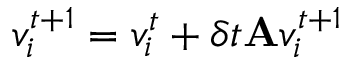
v _ { i } ^ { t + 1 } = v _ { i } ^ { t } + \delta t \mathbf { A } v _ { i } ^ { t + 1 }